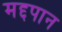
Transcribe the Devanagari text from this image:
मद्दपान